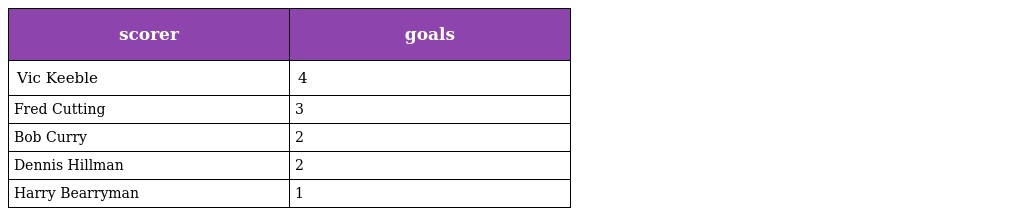
| scorer | goals |
 | --- | --- |
 | Vic Keeble | 4 |
 | Fred Cutting | 3 |
 | Bob Curry | 2 |
 | Dennis Hillman | 2 |
 | Harry Bearryman | 1 |